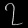
Digit: ၇